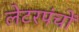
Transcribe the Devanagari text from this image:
लेटरपंचों